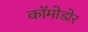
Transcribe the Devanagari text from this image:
कॉमोडोर